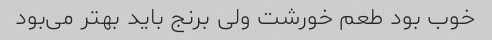
خوب بود طعم خورشت ولی برنج باید بهتر می‌بود